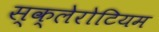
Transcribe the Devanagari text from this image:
स्क्लेरोटियम